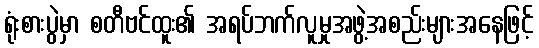
ရုံးစားပွဲမှာ စတီဗင်ထူး၏ အရပ်ဘက်လူမှုအဖွဲ့အစည်းများအနေဖြင့်